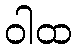
ဝါထ